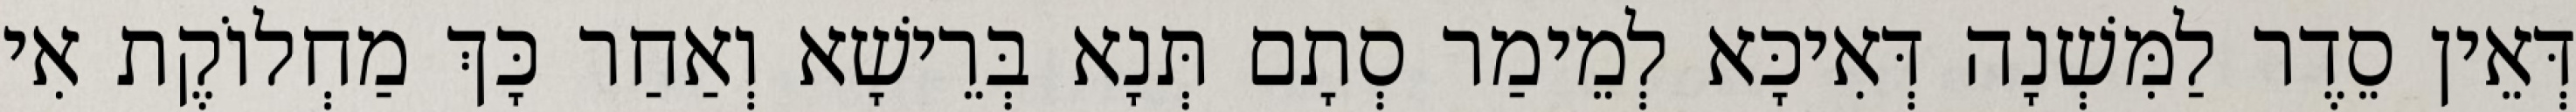
דְּאֵין סֵדֶר לַמִּשְׁנָה דְּאִיכָּא לְמֵימַר סְתָם תְּנָא בְּרֵישָׁא וְאַחַר כָּךְ מַחְלוֹקֶת אִי